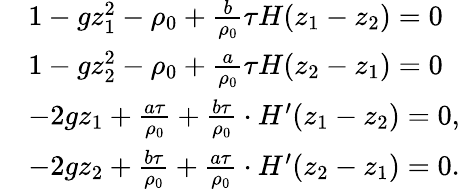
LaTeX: \begin{array}{rl}&{1-gz_{1}^{2}-\rho_{0}+\frac{b}{\rho_{0}}\tau H(z_{1}-z_{2})=0}\\ &{1-gz_{2}^{2}-\rho_{0}+\frac{a}{\rho_{0}}\tau H(z_{2}-z_{1})=0}\\ &{-2gz_{1}+\frac{a\tau}{\rho_{0}}+\frac{b\tau}{\rho_{0}}\cdot H^{\prime}(z_{1}-z_{2})=0,}\\ &{-2gz_{2}+\frac{b\tau}{\rho_{0}}+\frac{a\tau}{\rho_{0}}\cdot H^{\prime}(z_{2}-z_{1})=0.}\end{array}